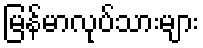
မြန်မာလုပ်သားများ